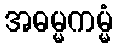
အဓမ္မကမ္မံ